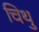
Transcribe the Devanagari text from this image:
चिथु